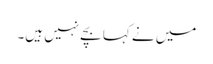
میں نے کہا بچے نہیں ہیں۔